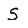
Character: S